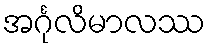
အင်္ဂုလိမာလဿ